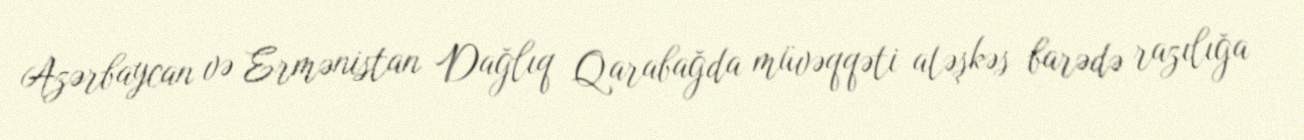
Azərbaycan və Ermənistan Dağlıq Qarabağda müvəqqəti atəşkəs barədə razılığa